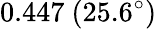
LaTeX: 0.447\ (25.6^{\circ})